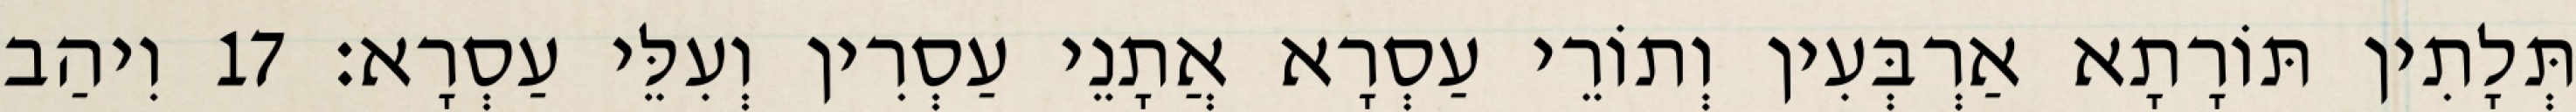
תְּלָתִין תּוֹרָתָא אַרְבְּעִין וְתוֹרֵי עַסְרָא אֲתָנֵי עַסְרִין וְעִלֵּי עַסְרָא׃ 17 וִיהַב